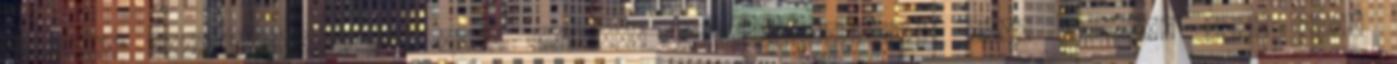
kerület Duguláselhárítás III. kerület Duguláselhárítás III. kerület akár most